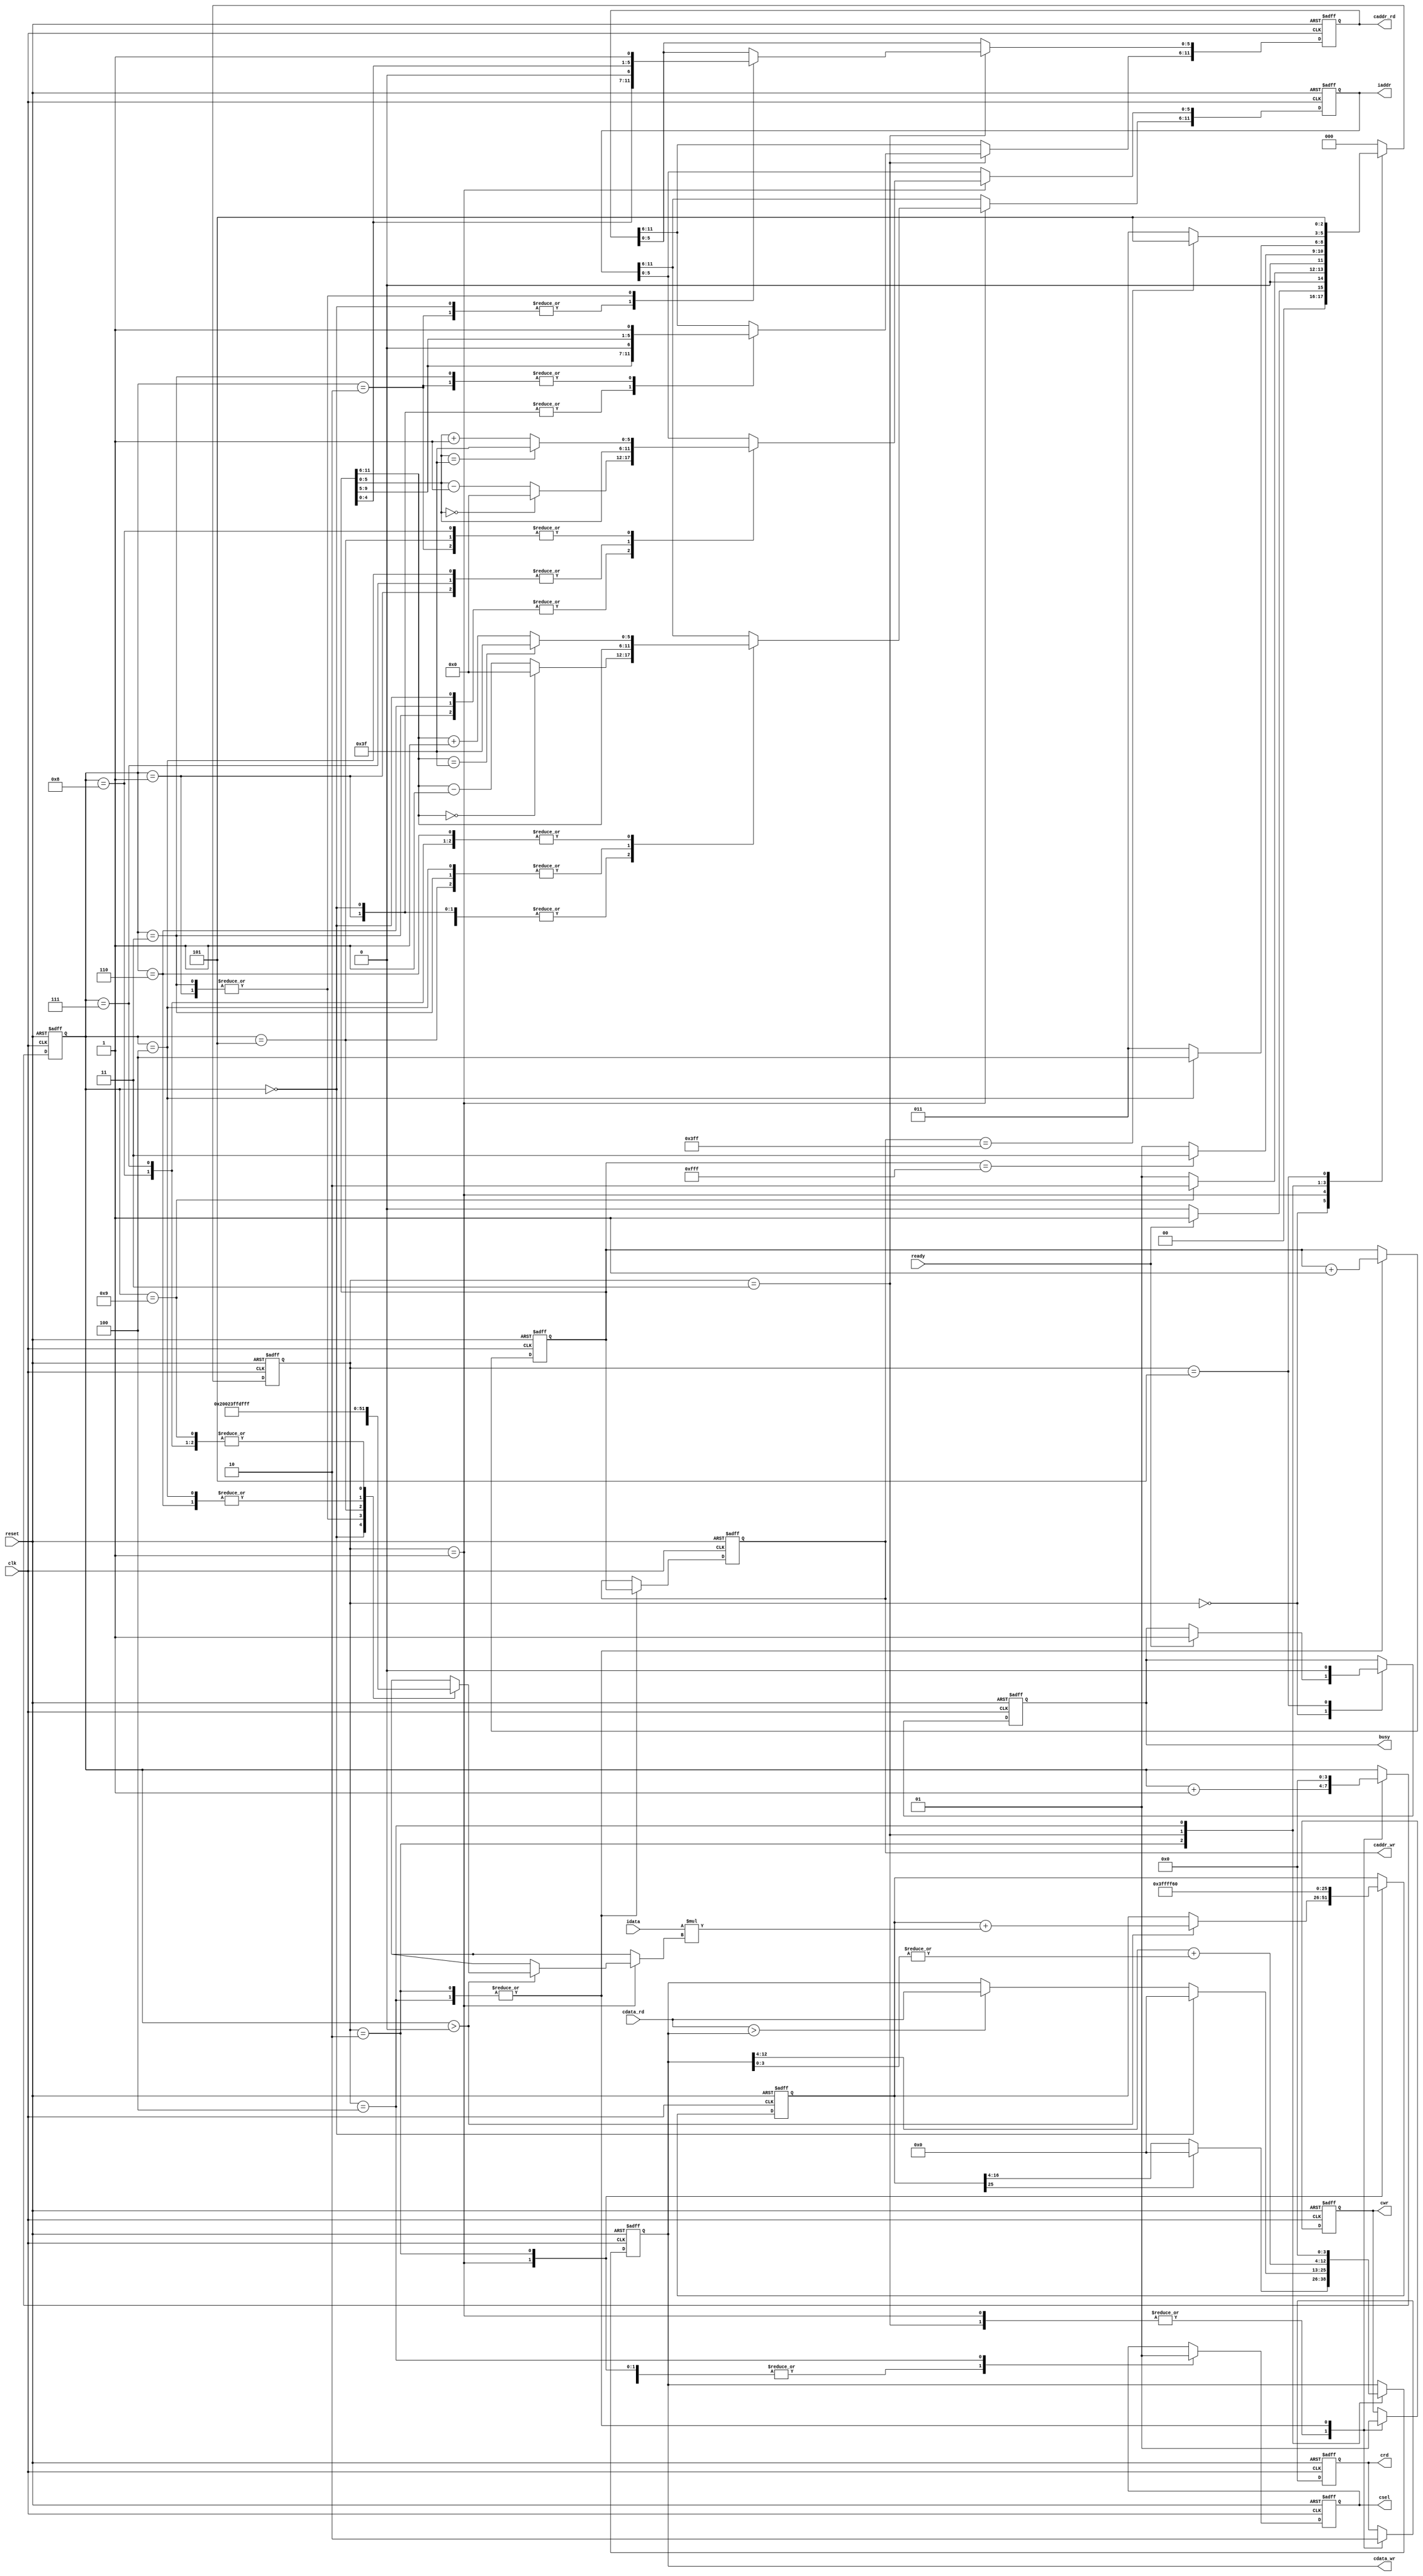
`timescale 1ns/10ps
module  CONV3x3(
	input		clk,
	input		reset,
	output	reg	busy,	
	input		ready,	
			
	output reg	[11:0]	iaddr,
	input signed [12:0]	idata,
	
	output	reg 	cwr,
	output  reg	[11:0]	caddr_wr,
	output reg 	[12:0] 	cdata_wr,
	output	reg 	crd,
	output reg	[11:0] 	caddr_rd,
	input 	[12:0] 	cdata_rd,
	output reg 	csel
	);


//-----Your design-----//

//state param
localparam INIT = 0;
localparam ATCONV_9PIXELS = 1;
localparam LAYER0_WRITERELU = 2;
localparam MAXPOOL_4PIXELS = 3;
localparam LAYER1_WRITECEILING = 4;
localparam FINISH = 5;

//kernel & bias
wire signed [12:0] kernel [1:9];
assign kernel[1] = 13'h0004; assign kernel[2] = 13'h1FFF; assign kernel[3] = 13'h0004;
assign kernel[4] = 13'h1FFE; assign kernel[5] = 13'h0008; assign kernel[6] = 13'h1FFE;
assign kernel[7] = 13'h1FFF; assign kernel[8] = 13'h1FFF; assign kernel[9] = 13'h1FFF;
wire signed [12:0] bias;
assign bias = 13'h1FF6;

//regs
reg [2:0] state, nextState;
reg [11:0] center; // Coordinate (row, column) = (center[11:6], center[5:0])
reg [3:0] counter; 
reg signed [25:0] convSum; // {mul_integer(18bits), mul_fraction(8bits)}

//constant param
localparam LENGTH = 6'd63;
localparam ZERO = 6'd0; 

//wire constants
wire [5:0] cx_add1,cx_minus1,cy_add1,cy_minus1;
assign cy_add1 = center[11:6] + 6'd1;
assign cy_minus1 = center[11:6] - 6'd1;
assign cx_add1 = center[5:0] + 6'd1 ;
assign cx_minus1 = center[5:0] - 6'd1;

//state ctrl
always @(posedge clk or posedge reset) begin
	if(reset) state <= INIT;
	else state <= nextState;
end

//next state logic
always @(*) begin
	case (state)
		INIT: nextState = (ready)? ATCONV_9PIXELS : INIT;
		ATCONV_9PIXELS: nextState = (counter == 4'd9)? LAYER0_WRITERELU : ATCONV_9PIXELS;
		LAYER0_WRITERELU: nextState = (center == 12'd4095)? MAXPOOL_4PIXELS : ATCONV_9PIXELS;
		MAXPOOL_4PIXELS: nextState = (counter == 4'd4)? LAYER1_WRITECEILING : MAXPOOL_4PIXELS;
		LAYER1_WRITECEILING: nextState = (caddr_wr == 12'd1023)? FINISH : MAXPOOL_4PIXELS; 
		FINISH: nextState = FINISH;
		default: nextState = INIT;
	endcase
end

//main sequential circuit
always @(posedge clk or posedge reset) begin
	if (reset) begin
		busy <= 1'd0;
		iaddr <= 12'd0;
		cwr <= 1'd0;
		caddr_wr <= 12'd0;
		cdata_wr <= 13'd0;
		crd <= 1'd1;
		caddr_rd <= 12'd0;
		csel <= 1'd0;

		center <= {6'd0 , 6'd0};
		counter <= 4'd0;
		convSum <= {{9{1'b1}}, bias, 4'd0}; // Sign extension
	end
	else begin
		case (state)
			INIT:begin
				if (ready) begin
					busy <= 1'd1;
				end
			end

			ATCONV_9PIXELS:begin
				csel <= 1'd0;
				crd <= 1'd1;
				cwr <= 1'd0;

				// use the pixel get and conv with corresponding kernel ( counter==0 means no pixel get yet )
				if(counter > 4'd0) begin
					convSum <= convSum + idata*kernel[counter];
				end
				//centorcounter9
				counter <= counter + 4'd1;

				// request the next corresponding pixel for Atrous convolution
				case (counter) // -> for y axis	(row)
				    //centerpadpadiaddr
					//010
					0,1,2: iaddr[11:6] <= (center[11:6] == 6'd0)? ZERO : cy_minus1;			    // (0,0) , (0,1) , (0,2)
					//
					3,4,5: iaddr[11:6] <= center[11:6];									                                    // (1,0) , (1,1) , (1,2)
					//pad010
					6,7,8: iaddr[11:6] <= (center[11:6] == LENGTH)? LENGTH : cy_add1;	// (2,0) , (2,1) , (2,2)
				endcase

				case (counter) // -> for x axis	(column)
					0,3,6: iaddr[5:0] <= (center[5:0] == 6'd0)? ZERO : cx_minus1;				// (0,0) , (1,0) , (2,0)
					1,4,7: iaddr[5:0] <= center[5:0];									                                    // (0,1) , (1,1) , (2,1)
					2,5,8: iaddr[5:0] <= (center[5:0] == LENGTH)? LENGTH : cx_add1;		// (0,2) , (1,2) , (2,2)
				endcase
			end

			LAYER0_WRITERELU: begin
				csel <= 1'd0;
				crd <= 1'd0;
				cwr <= 1'd1;
				caddr_wr <= center;
				cdata_wr <= (convSum[25])? 13'd0 : convSum[16:4]; // ReLU
				// init the convSum and center --> kernel move to the next center and ready for atrous convolution
				convSum <= {{9{1'b1}}, bias, 4'd0};
				center <= center + 12'd1;
				counter <= 4'd0;
			end

			MAXPOOL_4PIXELS: begin
				csel <= 1'd0;
				crd <= 1'd1;
				cwr <= 1'd0;

				// counter==0 means this cycle would send request for 1st pixel value, else comparison starts
				if (counter==0) begin
					cdata_wr <= 13'd0;
				end
				else if (cdata_rd > cdata_wr) begin 
					cdata_wr <= cdata_rd;
				end
				counter <= counter + 4'd1;

				// request the corresponding address' pixel value 
				//center
				case(counter) // -> for y axis	(row)
					0,1: caddr_rd[11:6] <= {center[9:5], 1'd0};
					2,3: caddr_rd[11:6] <= {center[9:5], 1'd1};
				endcase

				case(counter) // -> for x axis	(column)
					0,2: caddr_rd[5:0] <= {center[4:0], 1'd0};
					1,3: caddr_rd[5:0] <= {center[4:0], 1'd1};
				endcase
			end

			LAYER1_WRITECEILING: begin
				csel <= 1'd1;
				crd <= 1'd0;
				cwr <= 1'd1;
				caddr_wr <= center;
				cdata_wr <= { cdata_wr[12:4] + {8'd0,|cdata_wr[3:0]} , 4'd0 }; // Round up
				// init for next center -> kernel move to the next center
				center <= center + 12'd1; 
				counter <= 4'd0;
			end

			FINISH: begin
				busy <= 1'd0;
			end

		endcase
	end
end

endmodule